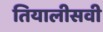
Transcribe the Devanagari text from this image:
तियालीसवी